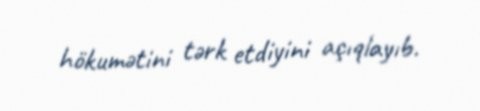
hökumətini tərk etdiyini açıqlayıb.